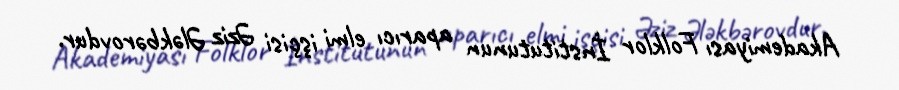
Akademiyası Folklor İnstitutunun aparıcı elmi işçisi Əziz Ələkbərovdur.